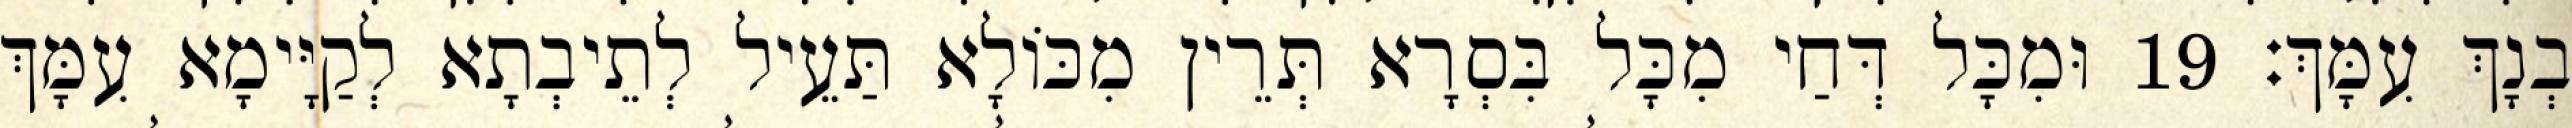
בְנָךְ עִמָּךְ׃ 19 וּמִכָּל דְּחַי מִכָּל בִּסְרָא תְּרֵין מִכּוֹלָא תַּעֵיל לְתֵיבְתָא לְקַיָּימָא עִמָּךְ